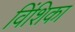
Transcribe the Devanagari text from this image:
विंशिका